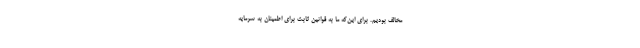
مخالف بودیم. برای این‌که ما به قوانین ثابت برای اطمینان به سرمایه